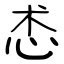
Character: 怸